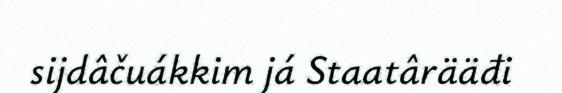
sijdâčuákkim já Staatârääđi